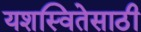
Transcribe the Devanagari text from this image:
यशस्वितेसाठी